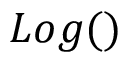
L o g ( )